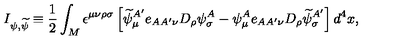
I _ { \psi , { \widetilde \psi } } \equiv { \frac { 1 } { 2 } } \int _ { M } \epsilon ^ { \mu \nu \rho \sigma } \left[ { \widetilde \psi } _ { \mu } ^ { A ^ { \prime } } e _ { A A ^ { \prime } \nu } D _ { \rho } \psi _ { \sigma } ^ { A } - \psi _ { \mu } ^ { A } e _ { A A ^ { \prime } \nu } D _ { \rho } { \widetilde \psi } _ { \sigma } ^ { A ^ { \prime } } \right] d ^ { 4 } x ,